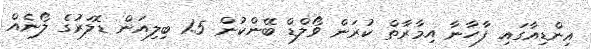
އިންޑިއާގައި ފާހާނާ އިމާރާތް ކުރަން ވޯލްޑް ބޭންކުން 1.5 ބިލިއަން ޑޮލަރުގެ ލޯނެއް